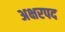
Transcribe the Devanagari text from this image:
अक्षरपद